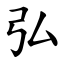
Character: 弘